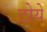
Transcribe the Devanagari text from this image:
टोये